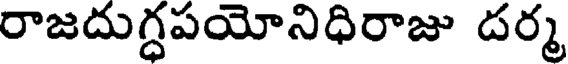
రాజదుగ్ధపయోనిధిరాజు దర్మ